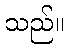
သည်။